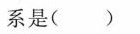
系是( )